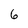
Character: 6